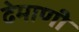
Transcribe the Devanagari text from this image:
ढेमाणी